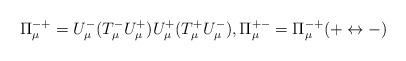
LaTeX: \begin{align*}\Pi^{-+}_\mu=U^-_\mu (T^-_\mu U^+_\mu)U^+_\mu(T^+_\mu U^-_\mu), \Pi^{+-}_\mu=\Pi^{-+}_\mu(+\leftrightarrow -)\end{align*}